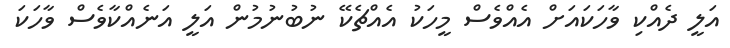
އަލީ ދެއްކި ވާހަކައަށް އެއްވެސް މީހަކު އެއްޗެކޭ ނުބުނުމުން އަލީ އަނެއްކާވެސް ވާހަކަ